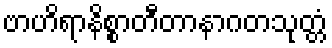
ဗာဟိရာနိစ္စာတီတာနာဂတသုတ္တံ